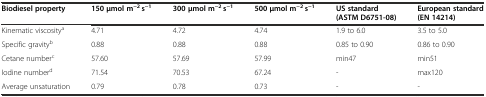
| Biodiesel property | 150 μmol m−2 s−1 | 300 μmol m−2 s−1 | 500 μmol m−2 s−1 | US standard (ASTM D6751-08) | European standard (EN 14214) |
 | --- | --- | --- | --- | --- | --- |
 | Kinematic viscositya | 4.71 | 4.72 | 4.74 | 1.9 to 6.0 | 3.5 to 5.0 |
 | Specific gravityb | 0.88 | 0.88 | 0.88 | 0.85 to 0.90 | 0.86 to 0.90 |
 | Cetane numberc | 57.60 | 57.69 | 57.99 | min47 | min51 |
 | Iodine numberd | 71.54 | 70.53 | 67.24 | - | max120 |
 | Average unsaturation | 0.79 | 0.78 | 0.73 | - | - |